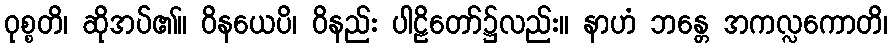
ဝုစ္စတိ၊ ဆိုအပ်၏။ ဝိနယေပိ၊ ဝိနည်း ပါဠိတော်၌လည်း။ နာဟံ ဘန္တေ အကလ္လကောတိ၊